talulepingud_et, lk 5
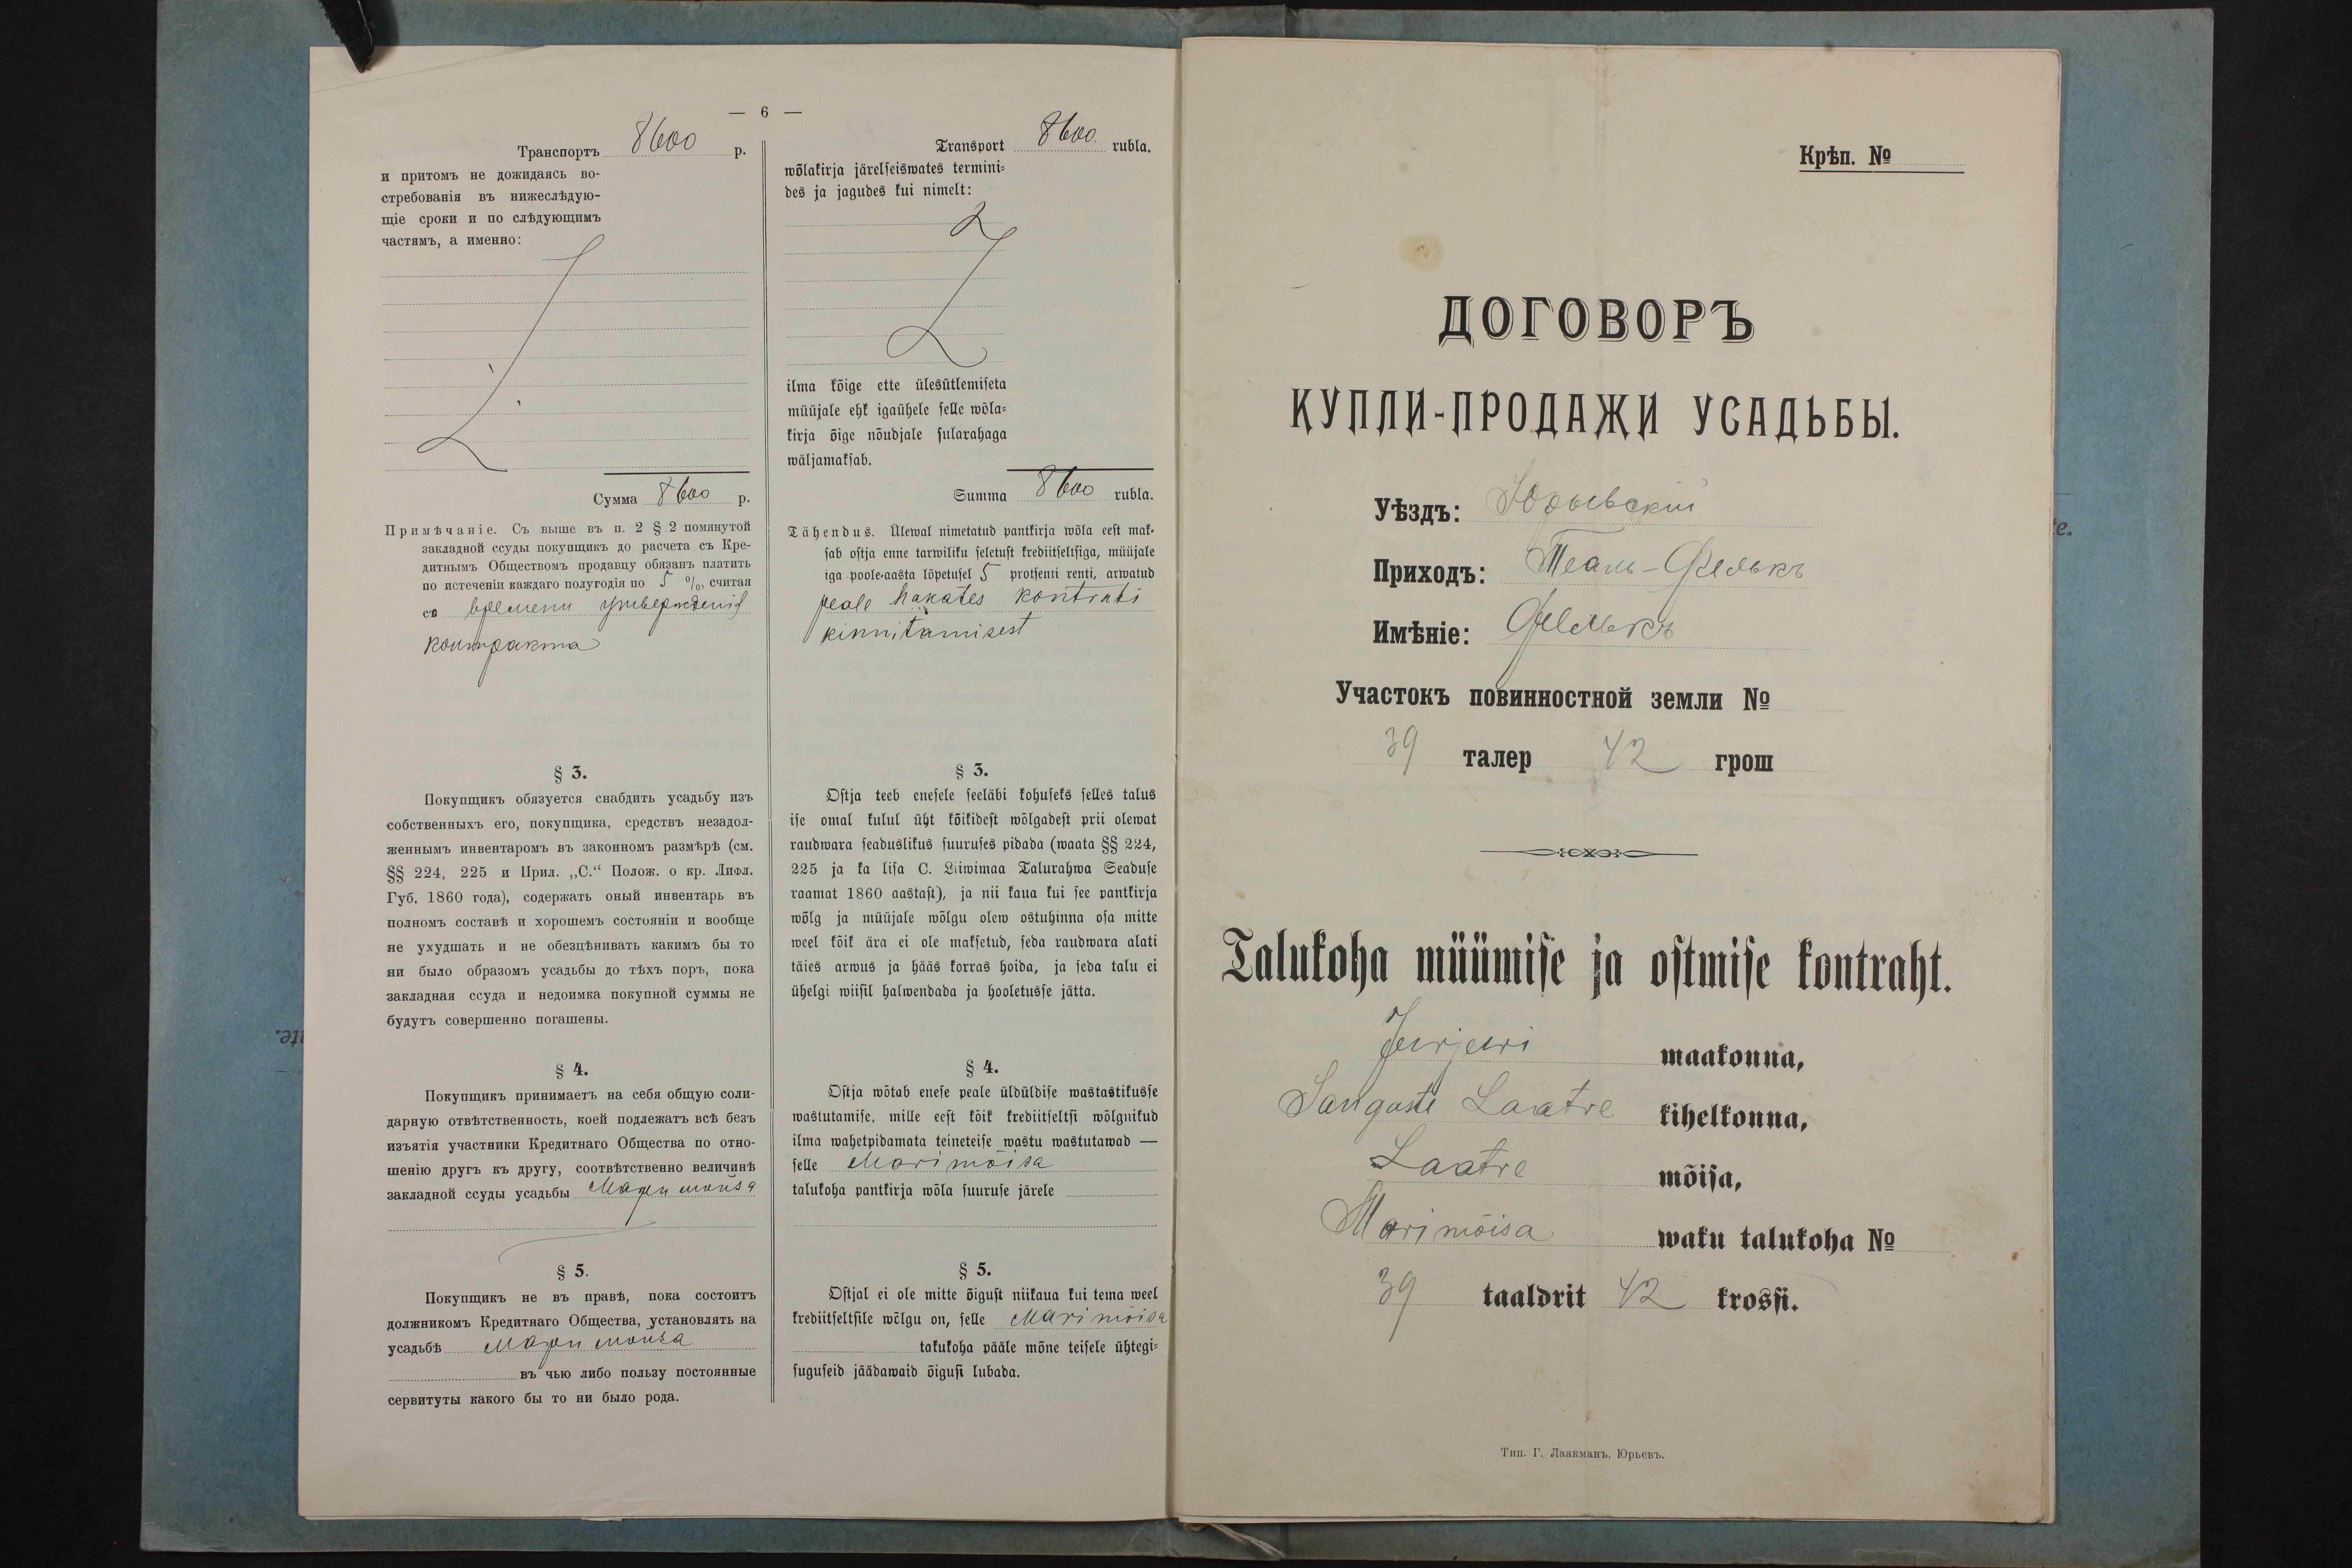
Transport 8600 rubla.
wõlakirja järelseiswate termini-
des ja jagudes kui nimelt:
ilma kõige ette ülesütlemiseta
müüjale ehk igaühele selle wõla-
kirja õige nõudjale sularahaga
wäljamaksab
Summa 8600 rubla.
Tähendus. Ülewal nimetatud pantkirja wõla eest mak-
sab ostja enne tarwiliku seletust krediitseltsiga, müüjale
iga poole-aasta lõpetusel 5 protsenti renti, arwatud
peale hakates kontraki
kinnitamisest
§ 3.
Ostja teeb enesele seeläbi kohuseks selles talus
ise omal kulul üht kõikidest wõlgadest prii olewat
raudwara seaduslikus suuruses pidada (waata §§ 224,
225 ja ka lisa C. Liiwimaa Talurahwa Seaduse
raamat 1860 aastast), ja nii kaua kui see pantkirja
wõlg ja müüjale wõlgu olew ostuhinna osa mitte
weel kõik ära ei ole maksetud, seda raudwara alati
täies arwus ja hääs korras hoida, ja seda talu ei
ühelfi wiisil halwendada ja hooletusse jätta.
§ 4.
Ostja wõtab enese peale üldüldise wastastikusse
wastutamise, mille eest kõik krediitseltsi wõlgnikud
ila wahetpidamata teineteise wastu wastutawad -
selle Marimõisa
talukoha pantkirja wõla suuruse järele
§ 5.
Ostjal ei ole mitte õigust niikaua kui tema weel
krediitseltsile wõlgu on, selle Marimõisa
talukoha pääle mõne teisele ühtegi-
suguseid jäädawaid õigusi lubada.

Talukoha müümise ja ostmise kontraht.
Jurjewi
maakonna,
Sangaste Laatre
kihelkonna,
Laatre
mõisa,
Marimõisa
waku talukoha No
39 taaldrit 42 krossi.